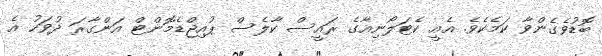
ބޮޑުވެގެންވާ ކަމެކެވެ. އެއީ ކެޓަލޯނިއާގެ ރައީސް ކާލެސް ޕުއިޖްޑެމޮންޓް އަންގާރަ ދުވަހު އެ